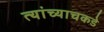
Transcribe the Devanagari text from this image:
त्यांच्याचकडे